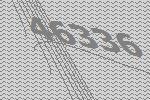
46336